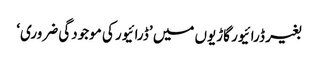
بغیر ڈرائیور گاڑیوں میں ’ڈرائیور کی موجودگی ضروری‘